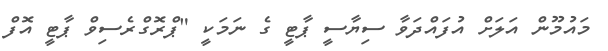
މައުމޫން އަލަށް އުފައްދަވާ ސިޔާސީ ޕާޓީ ގެ ނަމަކީ "ޕްރޮގްރެސިވް ޕާޓީ އޮފް